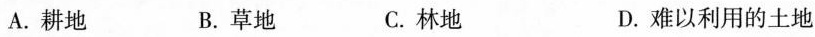
A.耕地 B.草地 C.林地 D.难以利用的土地